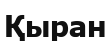
Қыран